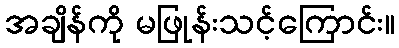
အချိန်ကို မဖြုန်းသင့်ကြောင်း။